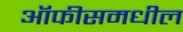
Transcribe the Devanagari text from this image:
ऑफीसमधील